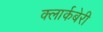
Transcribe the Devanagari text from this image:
क्लार्कबेरी